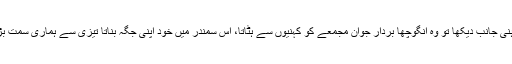
میں نے داہنی جانب دیکھا تو وہ انگوچھا بردار جوان مجمعے کو کہنیوں سے ہٹاتا، اس سمندر میں خود اپنی جگہ بناتا تیزی سے ہماری سمت بڑھ رہا تھا۔